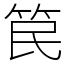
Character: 笢